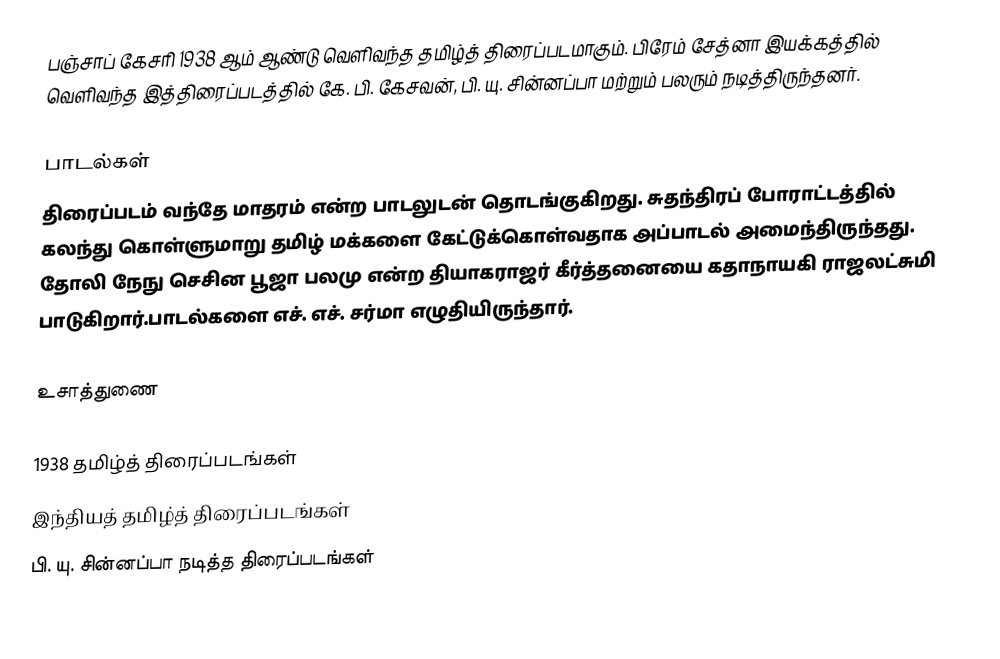
பஞ்சாப் கேசரி 1938 ஆம் ஆண்டு வெளிவந்த தமிழ்த் திரைப்படமாகும். பிரேம் சேத்னா இயக்கத்தில் வெளிவந்த இத்திரைப்படத்தில் கே. பி. கேசவன், பி. யு. சின்னப்பா மற்றும் பலரும் நடித்திருந்தனர்.

பாடல்கள்
திரைப்படம் வந்தே மாதரம் என்ற பாடலுடன் தொடங்குகிறது. சுதந்திரப் போராட்டத்தில் கலந்து கொள்ளுமாறு தமிழ் மக்களை கேட்டுக்கொள்வதாக அப்பாடல் அமைந்திருந்தது. தோலி நேநு செசின பூஜா பலமு என்ற தியாகராஜர் கீர்த்தனையை கதாநாயகி ராஜலட்சுமி பாடுகிறார்.பாடல்களை எச். எச். சர்மா எழுதியிருந்தார்.

உசாத்துணை

1938 தமிழ்த் திரைப்படங்கள்
இந்தியத் தமிழ்த் திரைப்படங்கள்
பி. யு. சின்னப்பா நடித்த திரைப்படங்கள்